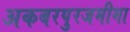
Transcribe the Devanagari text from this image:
अकबरपुरजमीमा